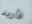
فأريد